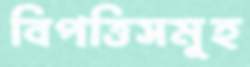
বিপত্তিসমূহ